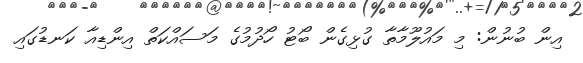
އިން ބުނުން: މި މައުލޫމާތާ ގުޅިގެން ބޯޓު ހޯދުމުގެ މަސައްކަތް އިންޑިއާ ކަނޑުގައި